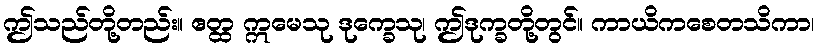
ဤသည်တို့တည်း။ ဧတ္ထ ဣမေသု ဒုက္ခေသု၊ ဤဒုက္ခတို့တွင်။ ကာယိကစေတသိကာ၊